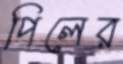
পিলের